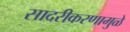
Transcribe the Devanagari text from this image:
सादरीकरणामुळे